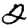
Digit: 2